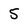
Character: 5